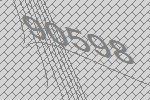
90598